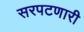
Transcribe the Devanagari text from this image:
सरपटणारी